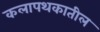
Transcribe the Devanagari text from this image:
कलापथकातील